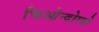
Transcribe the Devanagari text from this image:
चिओन्दोग्यो